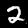
Label: 2